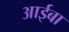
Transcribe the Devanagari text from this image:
आईबा